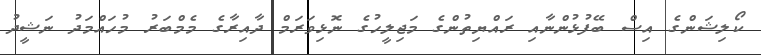
ކޯލިޝަންގެ އިސް ބޭފުޅުންނާއި ރައްޔިތުންގެ މަޖިލީހުގެ ނޮޅިވަރަމް ދާއިރާގެ މެމްބަރު މުހައްމަދު ނަޝީދު